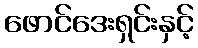
ဖောင်ဒေးရှင်းနှင့်